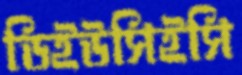
ডিইউসিইসি